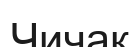
Чичак